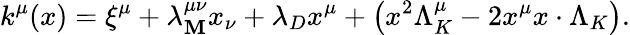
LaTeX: k^{\mu}(x)=\xi^{\mu}+\lambda_{\mathbf{M}}^{\mu\nu}x_{\nu}+\lambda_{D}x^{\mu}+\left(x^{2}\Lambda_{K}^{\mu}-2x^{\mu}x\cdot\Lambda_{K}\right).